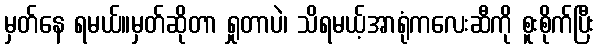
မှတ်နေ ရမယ်။မှတ်ဆိုတာ ရှုတာပဲ၊ သိရမယ့်အာရုံကလေးဆီကို စူးစိုက်ပြီး